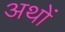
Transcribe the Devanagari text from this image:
अथों